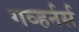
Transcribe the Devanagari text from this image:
गव्हर्नर्स